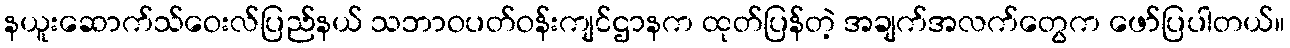
နယူးဆောက်သ်ဝေးလ်ပြည်နယ် သဘာဝပတ်ဝန်းကျင်ဌာနက ထုတ်ပြန်တဲ့ အချက်အလက်တွေက ဖော်ပြပါတယ်။